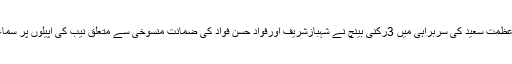
جسٹس عظمت سعید کی سربراہی میں 3رکنی بینچ نے شہبازشریف اورفواد حسن فواد کی ضمانت منسوخی سے متعلق نیب کی اپیلوں پر سماعت کی۔